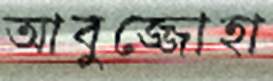
আবুজ্জোহা